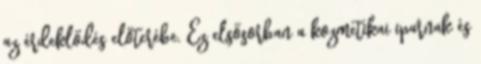
az érdeklődés előterébe. Ez elsősorban a kozmetikai iparnak és